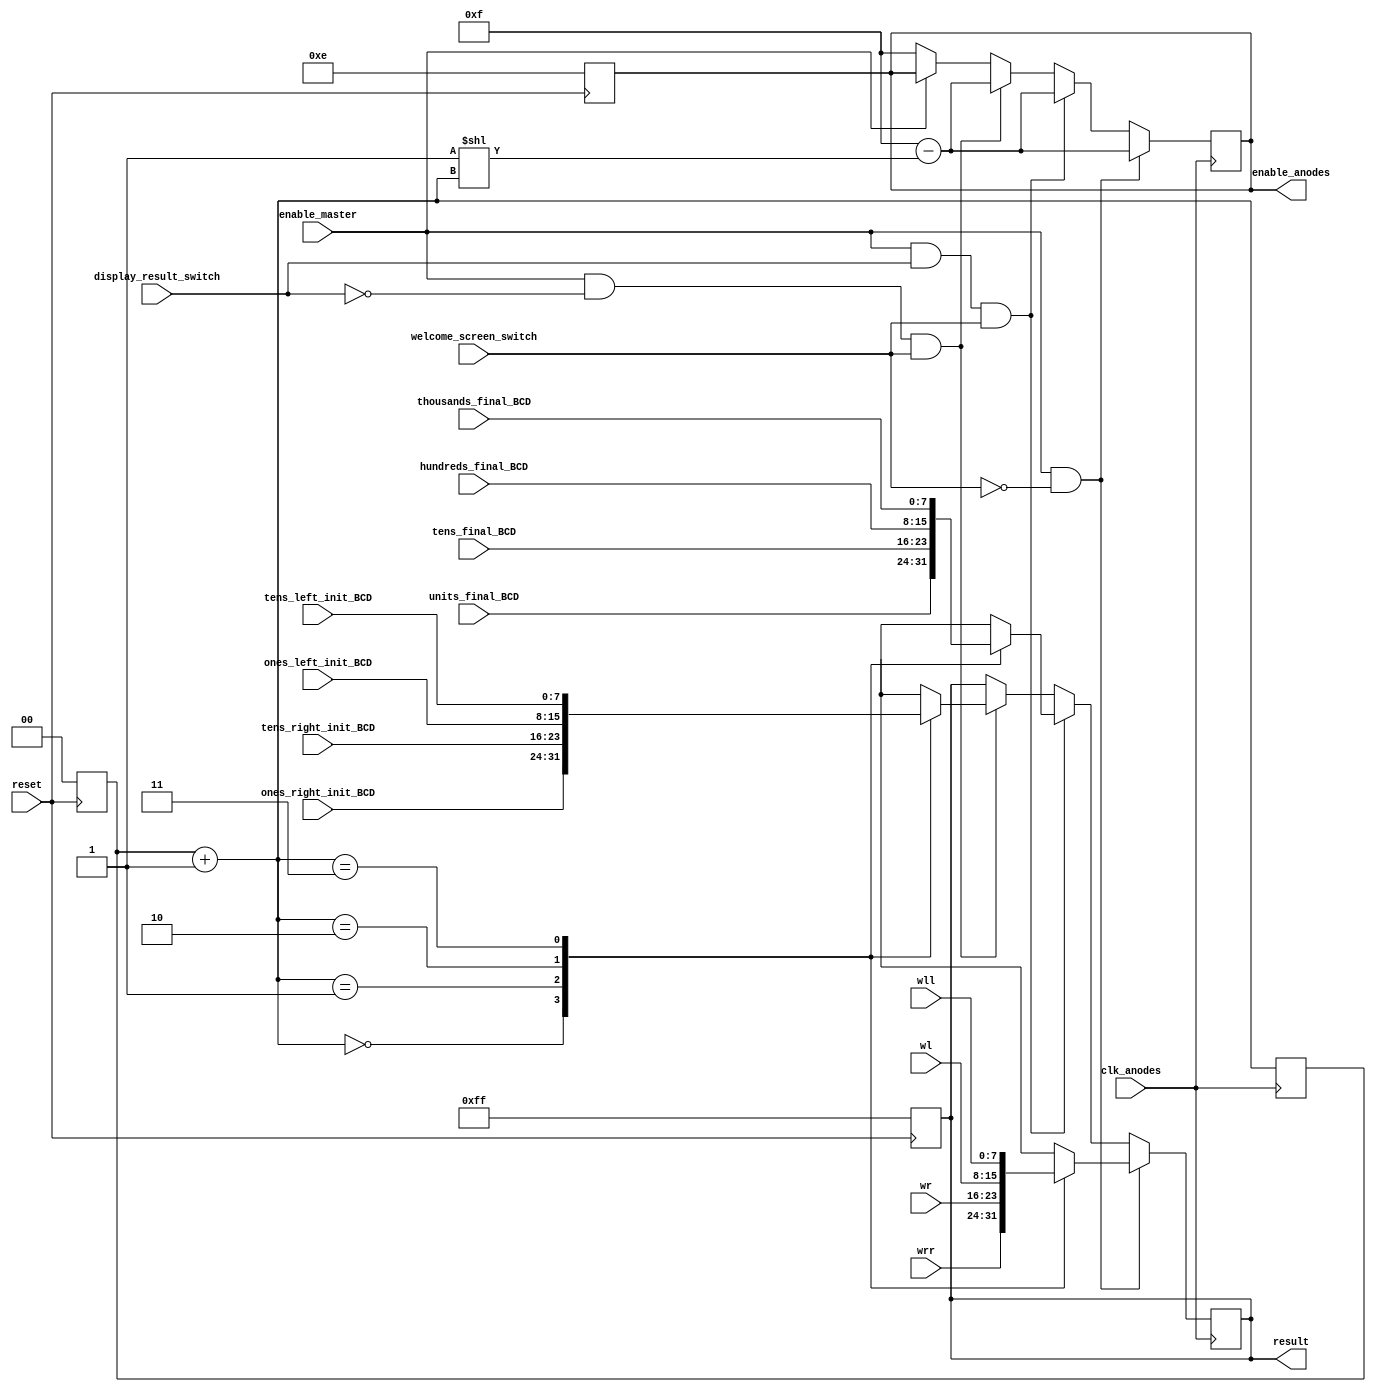
// display 
`timescale 1ns / 1ps
//////////////////////////////////////////////////////////////////////////////////
// Company: 
// Engineer: 
// 
// Design Name: 
// Module Name: display
// Project Name: 
// Target Devices: 
// Tool Versions: 
// Description: 
// 
// Dependencies: 
// 
// Revision:
// Revision 0.01 - File Created
// Additional Comments:
// 
//////////////////////////////////////////////////////////////////////////////////

// display(enable_master, clk_anodes, enable_anodes, display_result_switch, ones_left_init_BCD, 
// tens_left_init_BCD, ones_right_init_BCD, tens_right_init_BCD, units_final_BCD, tens_final_BCD, 
// hundreds_final_BCD, thousands_final_BCD, result);
module display(
input enable_master, welcome_screen_switch, clk_anodes, reset,
output reg[3:0] enable_anodes,
input display_result_switch, 

input [7:0] wrr,
input [7:0] wr,
input [7:0] wl,
input [7:0] wll,

input [7:0] ones_left_init_BCD,
input [7:0] tens_left_init_BCD,
input [7:0] ones_right_init_BCD,
input [7:0] tens_right_init_BCD,

input [7:0] units_final_BCD,
input [7:0] tens_final_BCD,
input [7:0] hundreds_final_BCD,
input [7:0] thousands_final_BCD,

output reg[7:0] result

    );
reg [1:0] bkh;
wire [7:0] welnums [3:0];
wire [7:0] innums [3:0];
wire [7:0] outnums [3:0]; 
always@(posedge reset) begin
    if(reset) begin
        result = 8'b11111111;
        enable_anodes = 4'b1110;
        bkh =0;
    end
    
end
assign welnums[0] =  wrr;
assign welnums[1] =  wr;
assign welnums[2] =  wl;
assign welnums[3] =  wll;

assign innums[0] =  ones_right_init_BCD;
assign innums[1] =  tens_right_init_BCD;
assign innums[2] =  ones_left_init_BCD;
assign innums[3] =  tens_left_init_BCD;

assign outnums[0] =  units_final_BCD;
assign outnums[1] =  tens_final_BCD;
assign outnums[2] =  hundreds_final_BCD;
assign outnums[3] =  thousands_final_BCD;


always@(posedge clk_anodes)
begin
 
 bkh = bkh +1; 
     
    if (enable_master & ~welcome_screen_switch)
    begin   
        result = welnums[bkh]; 
        enable_anodes <= 4'b1111- (1 << bkh);   
    end
    else if (enable_master & display_result_switch & welcome_screen_switch)
    begin
        result = outnums[bkh]; 
        enable_anodes <= 4'b1111- (1 << bkh);      
    end
    else if (enable_master & ~display_result_switch & welcome_screen_switch)
    begin
        result = innums[bkh]; 
        enable_anodes <= 4'b1111- (1 << bkh);  
    end
    else if (~enable_master) 
    begin
        enable_anodes <= 4'b1111;
    end
    
end

endmodule